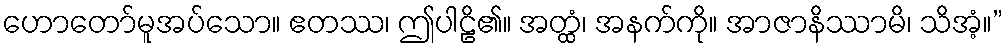
ဟောတော်မူအပ်သော။ ဧတဿ၊ ဤပါဠိ၏။ အတ္ထံ၊ အနက်ကို။ အာဇာနိဿာမိ၊ သိအံ့။”